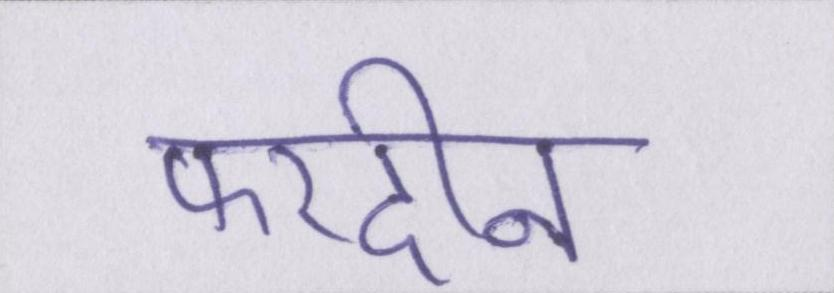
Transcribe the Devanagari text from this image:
फरदीन